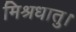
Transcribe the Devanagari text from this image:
मिश्रधातु।